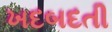
ખદબદતી